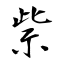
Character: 祡